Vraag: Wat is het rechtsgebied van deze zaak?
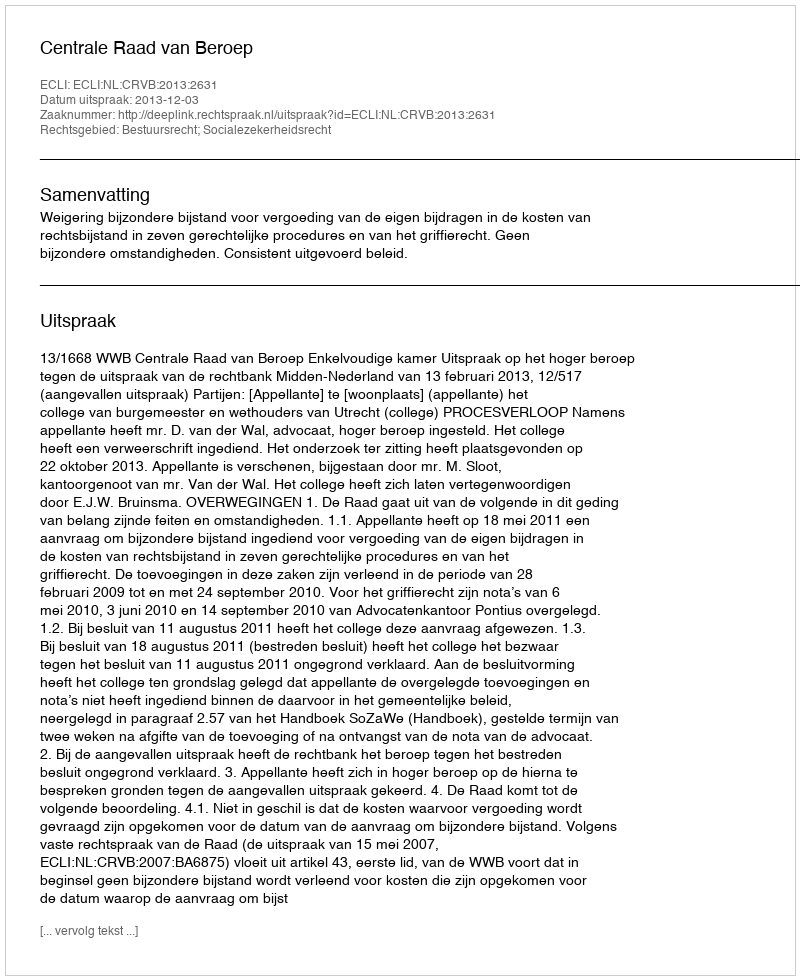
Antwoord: Bestuursrecht; Socialezekerheidsrecht